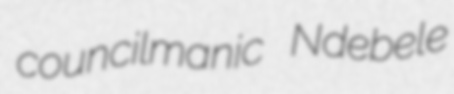
councilmanic Ndebele